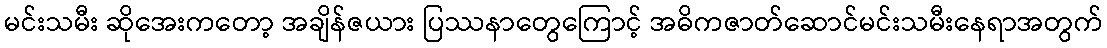
မင်းသမီး ဆိုအေးကတော့ အချိန်ဇယား ပြဿနာတွေကြောင့် အဓိကဇာတ်ဆောင်မင်းသမီးနေရာအတွက်